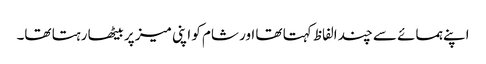
اپنے ہمسائے سے چند الفاظ کہتا تھا اور شام کو اپنی میز پر بیٹھا رہتا تھا۔